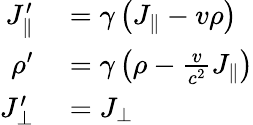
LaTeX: \begin{array}{rl}{J_{\parallel}^{\prime}}&{{}=\gamma\left(J_{\parallel}-v\rho\right)}\\ {\rho^{\prime}}&{{}=\gamma\left(\rho-{\frac{v}{c^{2}}}J_{\parallel}\right)}\\ {J_{\bot}^{\prime}}&{{}=J_{\bot}}\end{array}